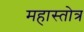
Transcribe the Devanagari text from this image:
महास्तोत्र